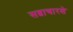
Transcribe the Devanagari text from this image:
सव्वाचारशे